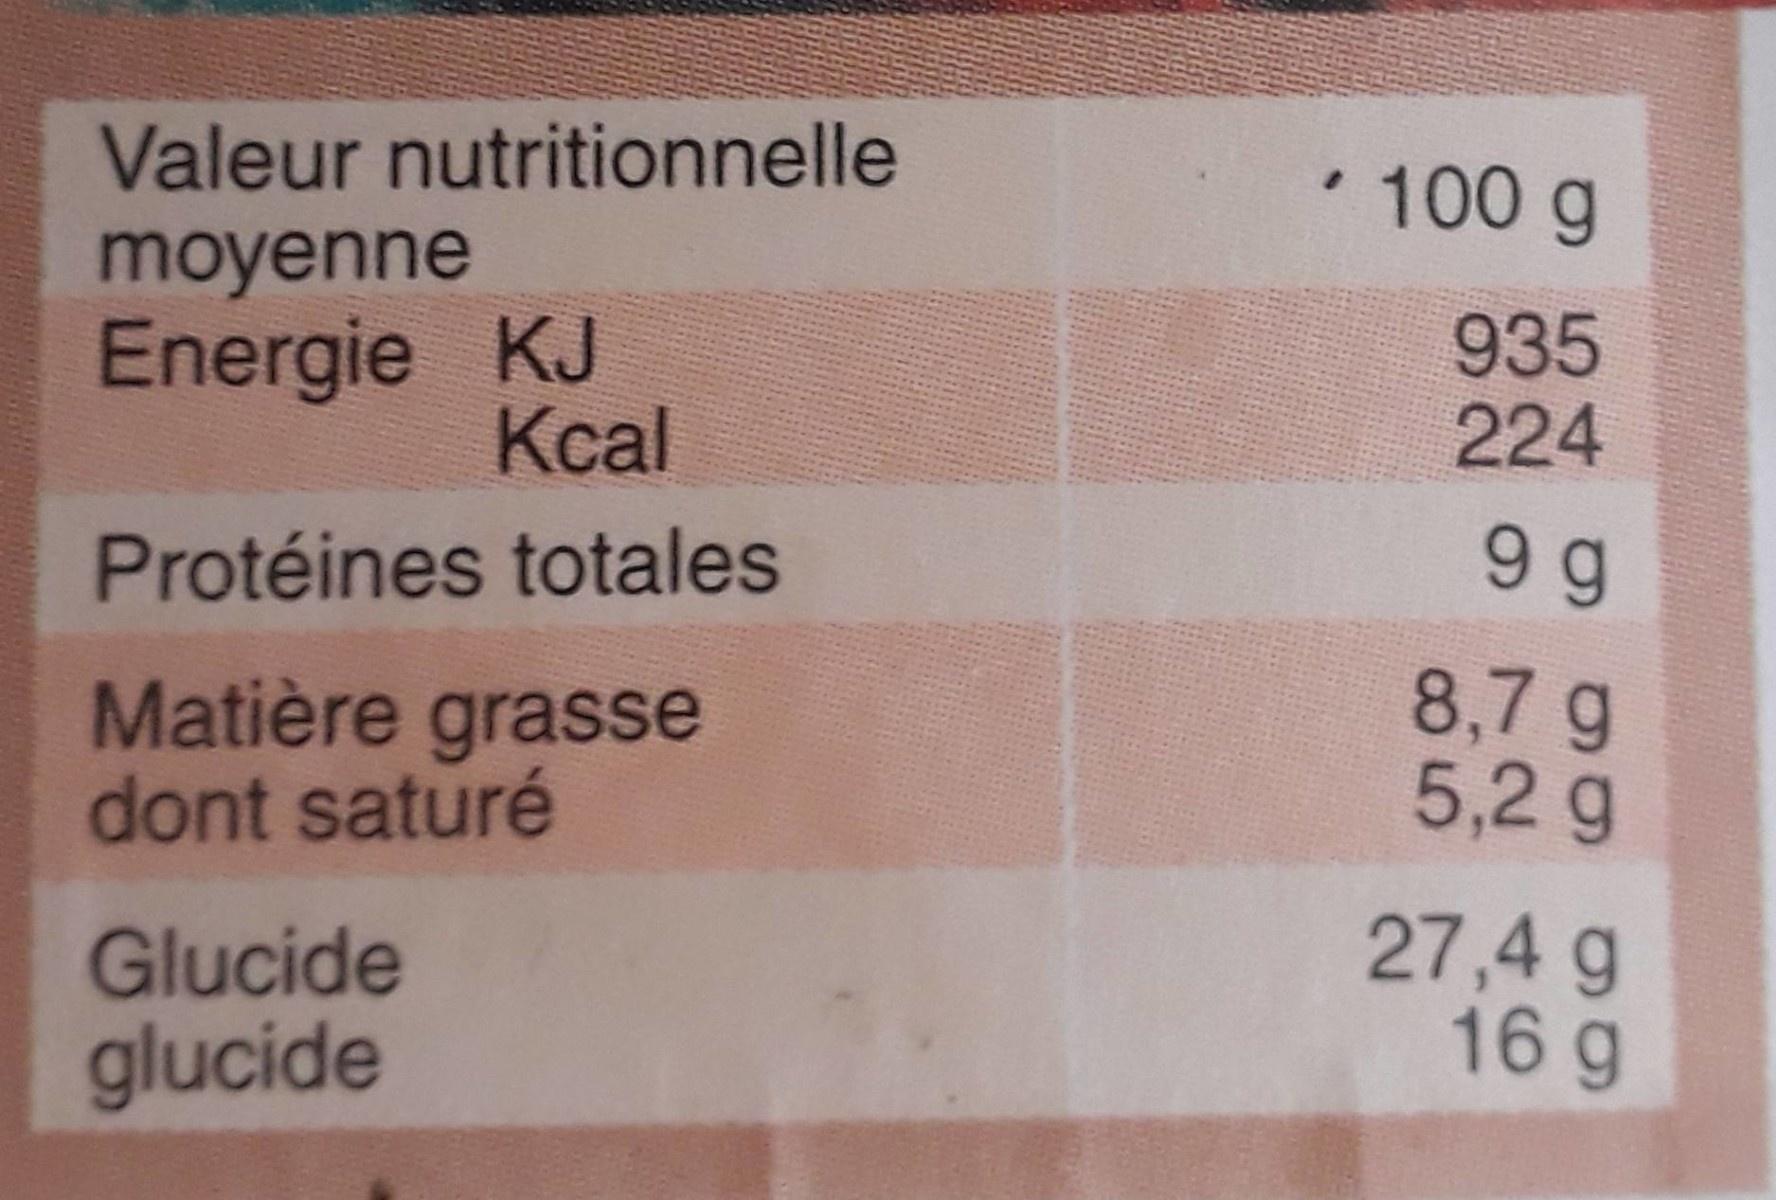
Valeur nutritionnelle
• 100 g
moyenne
Energie KJ Kcal
935 224
Protéines totales
9 g
Matière grasse dont saturé
8,7 g 5,2g
27,4 g 16g
Glucide
glucide